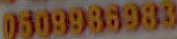
0509986983